Lunatic asylums in Bengal annual reports 1899-1911 - 1899-1911
Year: 1899
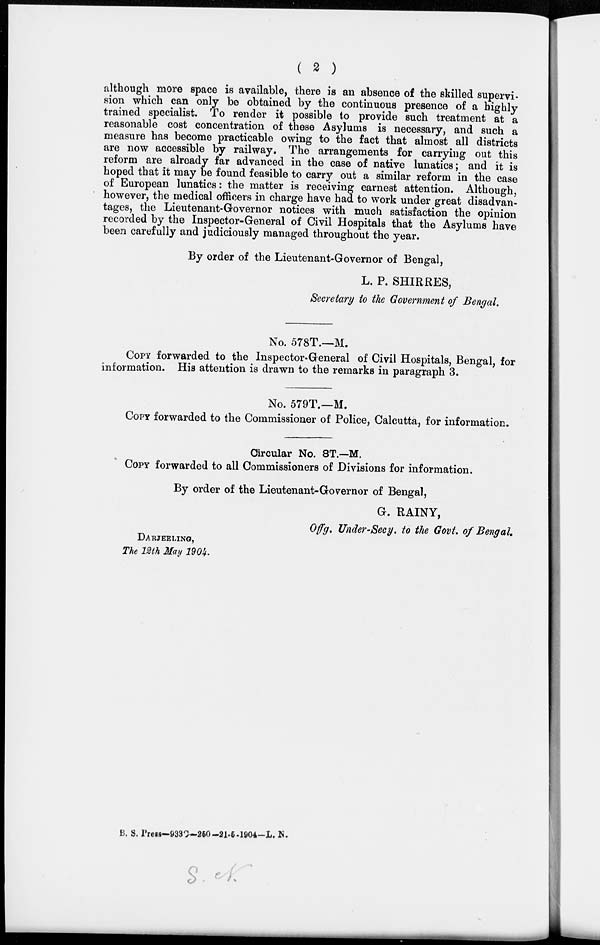
( 2 )
although more space is available, there is an absence of the skilled supervi-
sion which can only be obtained by the continuous presence of a highly
trained specialist. To render it possible to provide such treatment at a
reasonable cost concentration of these Asylums is necessary, and such a
measure has become practicable owing to the fact that almost all districts
are now accessible by railway. The arrangements for carrying out this
reform are already far advanced in the case of native lunatics; and it is
hoped that it may be found feasible to carry out a similar reform in the case
of European lunatics: the matter is receiving earnest attention. Although,
however, the medical officers in charge have had to work under great disadvan-
tages, the Lieutenant-Governor notices with much satisfaction the opinion
recorded by the Inspector-General of Civil Hospitals that the Asylums have
been carefully and judiciously managed throughout the year.
By order of the Lieutenant-Governor of Bengal,
L. P. SHIRRES,
Secretary to the Government of Bengal.
No. 578T.—M.
COPY forwarded to the Inspector-General of Civil Hospitals, Bengal, for
information. His attention is drawn to the remarks in paragraph 3.
No. 579T.—M.
COPY forwarded to the Commissioner of Police, Calcutta, for information.
Circular No. 8T.—M.
COPY forwarded to all Commissioners of Divisions for information.
By order of the Lieutenant-Governor of Bengal,
G. RAINY,
Offg. Under-Secy. to the Govt. of Bengal.
DARJEELING,
The 12th May 1904.
B. S. Press—933C—250—21-5-1904—L. N.